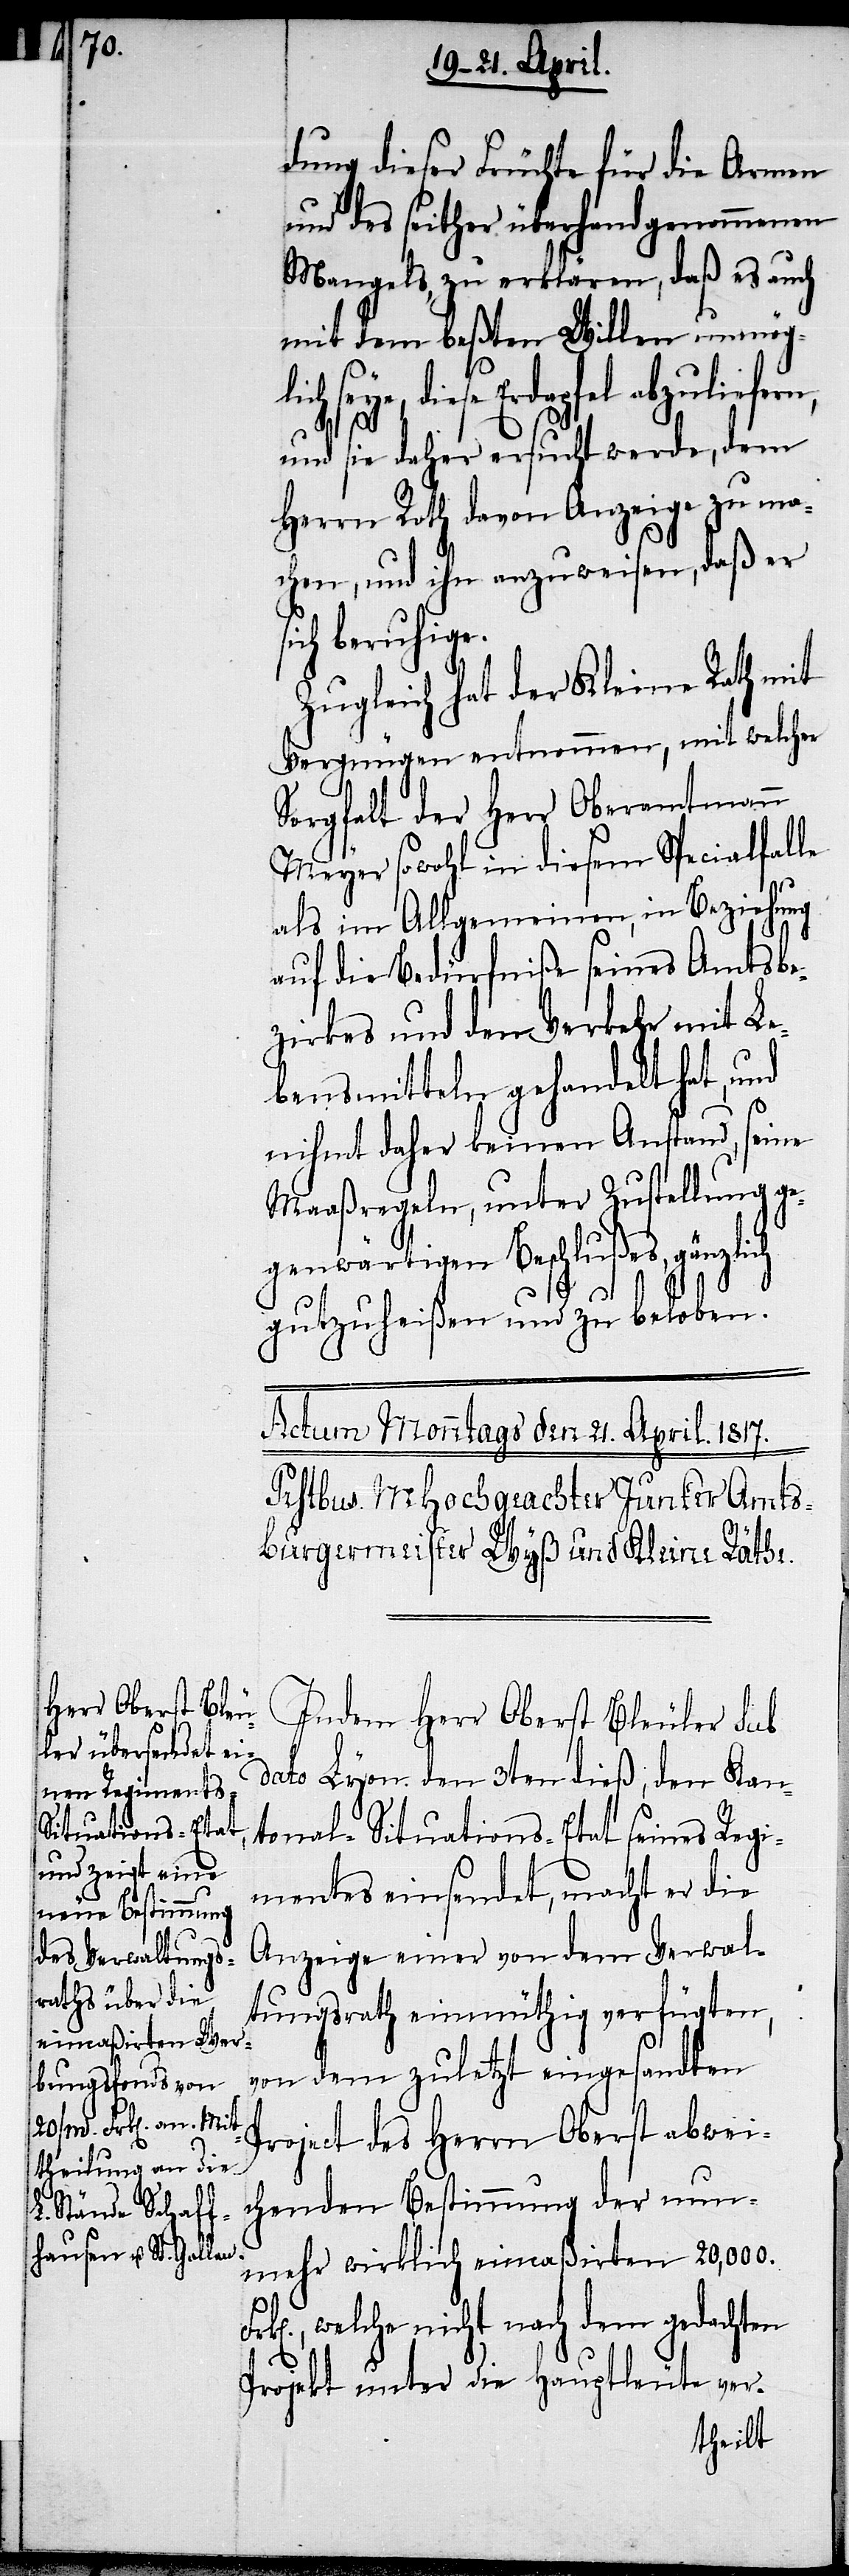
dung dieser Früchte für die Armen
und des seither überhand genommenen
Mangels zu erklären, daß es auch
mit dem beßten Willen unmögli¬
ch seye, diese Erdapfel abzuliefern,
und sie daher ersucht werde, dem
Herrn Roth davon Anzeige zu ma¬
chen, und ihn anzuweisen, daß er
sich beruhige.
Zugleich hat der Kleine Rath mit
Vergnügen entnommen, mit welcher
Sorgfalt der Herr Oberamtmann
Meyer sowohl in diesem Specialfalle
als im Allgemeinen, in Beziehung
auf die Bedürfniße seines Amtsbe¬
zirkes und dem Verkehr mit Le¬
bensmitteln gehandelt hat, und
nihmt daher keinen Anstand, seine
Maaßregeln, unter Zustellung ge¬
genwärtigen Beschlußes, gänzlich
gutzuheißen und zu beloben.
Indem Herr Oberst Bleuler sub
dato Lyon den 3ten dieß, den Kan¬
tonal-Situations-Etat seines Regi¬
mentes einsendet, macht er die
Anzeige einer von dem Verwal¬
tungsrath einmüthig verfügten,
von dem zuletzt eingesandten
Project des Herrn Oberst abwei¬
chenden Bestimmung der nun¬
mehr wirklich eincaßirten 20,000
welche nicht nach dem gedachten
Projekt unter die Hauptleute ver-